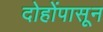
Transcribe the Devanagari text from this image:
दोहोंपासून